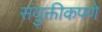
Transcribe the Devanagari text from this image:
संयुक्तीकपणे